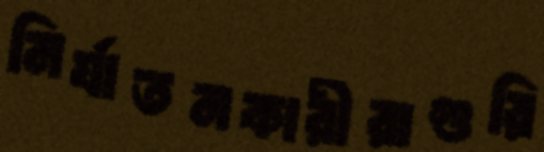
নির্যাতনকারীরাগুরি